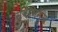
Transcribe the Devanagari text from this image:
स्वभिमुखं